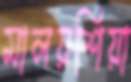
মালয়শিয়া